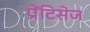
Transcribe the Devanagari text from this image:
प्रेंटिसेज